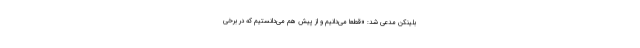
بلینکن مدعی شد: «قطعا می‌دانیم و از پیش هم می‌دانستیم که در برخی